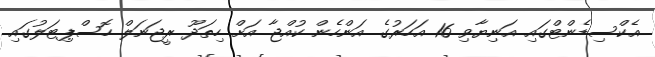
އެކްސިޑެންޓްގައި އަނިޔާވި 16 އަހަރުގެ އަންހެން ކުއްޖާ އަށް ހިތަދޫ ރީޖަނަލް ހޮސްޕިޓަލުގައި